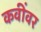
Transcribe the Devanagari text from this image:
कवींवर